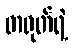
တရုတ်ရဲ့